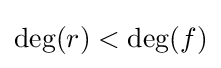
\deg(r)<\deg(f)